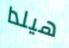
هيلدا